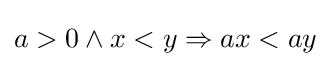
a>0\land x<y\Rightarrow ax<ay